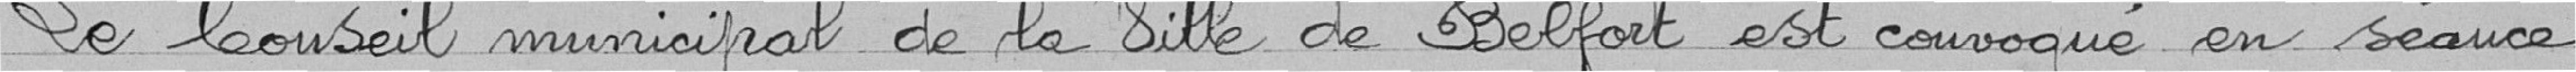
Le Conseil municipal de la Ville de Belfort est convoqué en séance